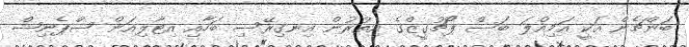
ބަންޗެން އަކީ އަމިއްލަ ބަސް ޕޯޗުގީޒްގެ އިތުރުން އިނގިރޭސި ބަހާއި އިޓާލިއަން ސްޕެނިޝް